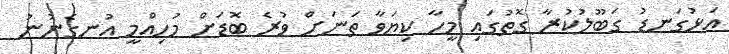
އަޅުގަނޑު ގަބޫލުކުރާ ގޮތުގައި މީހާ ކިޔަވާ ތަނަށް ވުރެ ބޮޑަށް މުހިއްމީ އުނގެނުނު